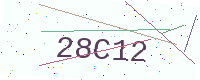
Text: 28C12